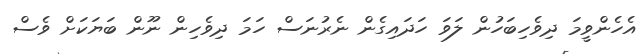
އެހެންވީމަ ދިވެހިބަހުން ލަވަ ހަދައިގެން ނެރުނަސް ހަމަ ދިވެހިން ނޫން ބަޔަކަށް ވެސް